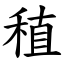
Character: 稙